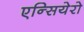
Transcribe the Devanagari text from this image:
एन्सियेरो